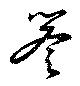
譽